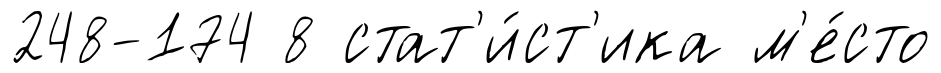
248-174 8 стат'и́ст'ика м'е́сто